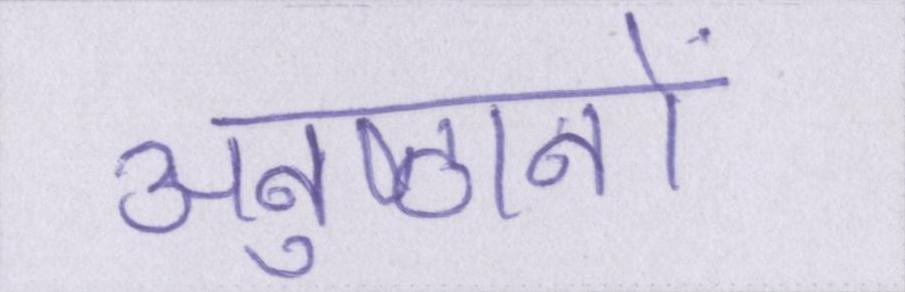
अनुष्ठानों